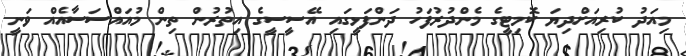
މިއަދު ކުރިއަށްދިޔަ ކޮމިޓީގެ މެންދުރުފަހު ދަންފަޅީގައި އޭސީސީގެ އިތުރުން ތިން މުއައްސަސާއެއް ވަނީ